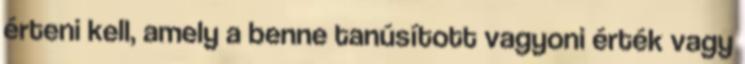
érteni kell, amely a benne tanúsított vagyoni érték vagy